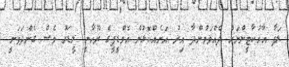
ލަފާ އާރުކާޓީންނަށް ދެއްވަމުންދާ އިރު އަނެއްކޮޅުން އެމްޑީޕީގެ ރޫހާނީ ލީޑަރު ވެސް ގެންދަވަނީ